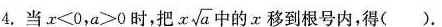
4.当x<0，a>0时，把 $$x \sqrt{a}$$ 中的x移到根号内，得( )。